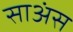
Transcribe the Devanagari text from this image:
साअंस